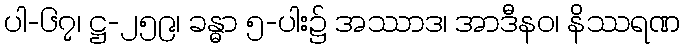
ပါ-၆၇၊ ဋ္ဌ-၂၅၉၊ ခန္ဓာ ၅-ပါး၌ အဿာဒ၊ အာဒီနဝ၊ နိဿရဏ